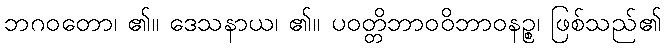
ဘဂဝတော၊ ၏။ ဒေသနာယ၊ ၏။ ပဝတ္တိဘာဝဝိဘာဝနဉ္စ၊ ဖြစ်သည်၏